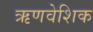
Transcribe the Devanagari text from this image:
ऋणवेशिक